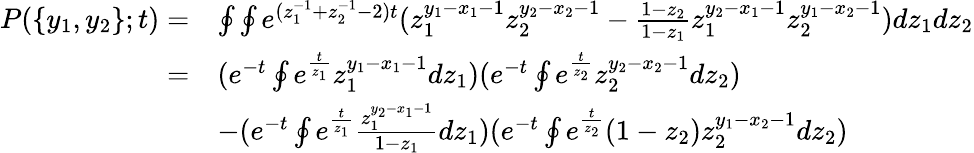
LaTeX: \begin{array}{rl}{P(\{ y_{1},y_{2}\} ;t)=}&{\oint\oint e^{(z_{1}^{-1}+z_{2}^{-1}-2)t}(z_{1}^{y_{1}-x_{1}-1}z_{2}^{y_{2}-x_{2}-1}-\frac{1-z_{2}}{1-z_{1}}z_{1}^{y_{2}-x_{1}-1}z_{2}^{y_{1}-x_{2}-1})dz_{1}dz_{2}}\\ {=}&{(e^{-t}\oint e^{\frac{t}{z_{1}}}z_{1}^{y_{1}-x_{1}-1}dz_{1})(e^{-t}\oint e^{\frac{t}{z_{2}}}z_{2}^{y_{2}-x_{2}-1}dz_{2})}\\ &{-(e^{-t}\oint e^{\frac{t}{z_{1}}}\frac{z_{1}^{y_{2}-x_{1}-1}}{1-z_{1}}dz_{1})(e^{-t}\oint e^{\frac{t}{z_{2}}}(1-z_{2})z_{2}^{y_{1}-x_{2}-1}dz_{2})}\end{array}